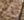
متأثر